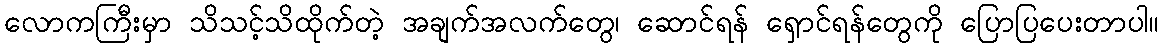
လောကကြီးမှာ သိသင့်သိထိုက်တဲ့ အချက်အလက်တွေ၊ ဆောင်ရန် ရှောင်ရန်တွေကို ပြောပြပေးတာပါ။